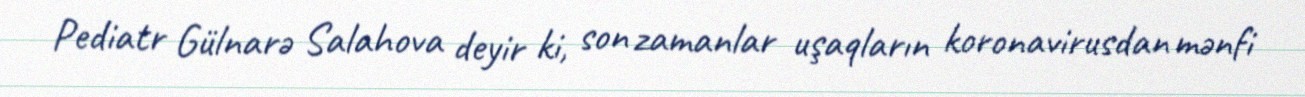
Pediatr Gülnarə Salahova deyir ki, son zamanlar uşaqların koronavirusdan mənfi